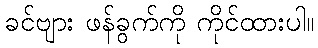
ခင်ဗျား ဖန်ခွက်ကို ကိုင်ထားပါ။